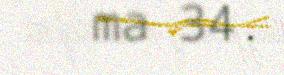
ma 34.